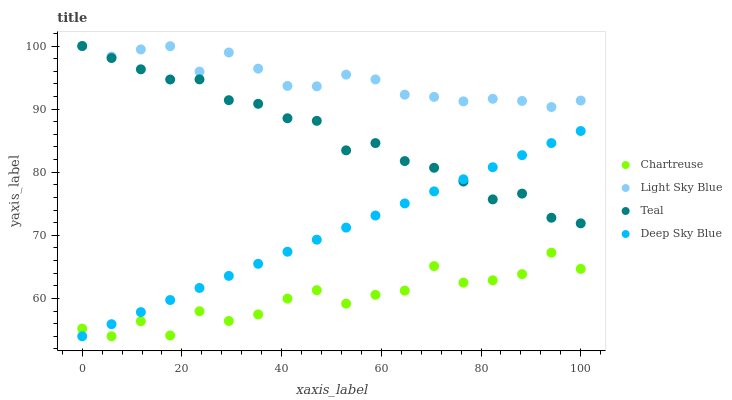
| xaxis_label | Chartreuse | Light Sky Blue | Teal | Deep Sky Blue |
 | --- | --- | --- | --- | --- |
 | 0 | 55.2 | 100 | 100 | 54 |
 | 5.88 | 54 | 98.3 | 98.1 | 55.9 |
 | 11.8 | 56.4 | 99.5 | 96.3 | 57.8 |
 | 17.6 | 54.1 | 100 | 94.7 | 59.7 |
 | 23.5 | 58 | 95.9 | 94.7 | 61.7 |
 | 29.4 | 56.4 | 99 | 91.4 | 63.6 |
 | 35.3 | 57.5 | 96.4 | 90.8 | 65.5 |
 | 41.2 | 60 | 93.7 | 88.6 | 67.4 |
 | 47.1 | 61.3 | 93.6 | 88.1 | 69.3 |
 | 52.9 | 59.2 | 95.5 | 83.5 | 71.2 |
 | 58.8 | 60.6 | 94.7 | 84.6 | 73.1 |
 | 64.7 | 61.2 | 92.3 | 81.8 | 75 |
 | 70.6 | 65.1 | 91.9 | 80.7 | 77 |
 | 76.5 | 62.5 | 91.2 | 78.5 | 78.9 |
 | 82.4 | 62.9 | 91.6 | 75.7 | 80.8 |
 | 88.2 | 63.8 | 91.3 | 76.6 | 82.7 |
 | 94.1 | 67.2 | 90.3 | 72.8 | 84.6 |
 | 100 | 64.7 | 91.4 | 71.9 | 86.5 |